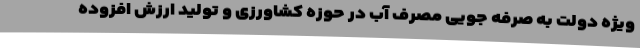
ویژه دولت به صرفه جویی مصرف آب در حوزه کشاورزی و تولید ارزش افزوده